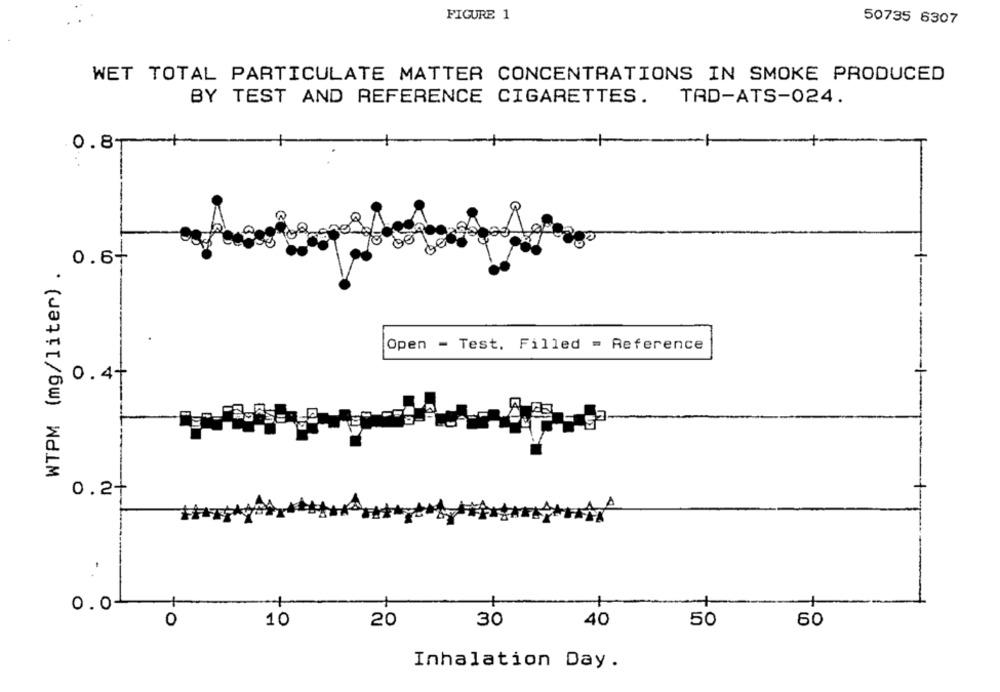
FIGURE 1
50735 6307
WET TOTAL PARTICULATE MATTER CONCENTRATIONS IN SMOKE PRODUCED
BY TEST AND REFERENCE CIGARETTES.
TAD-ATS-024.
0.81
0.6+
WTPM (mg/liter) .
-1 --
Open - Test. Filled = Reference
0.4+
0.2+
-
1
0.0-
O
10
20
30
40
50
60
Inhalation Day.